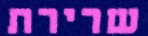
שרירת